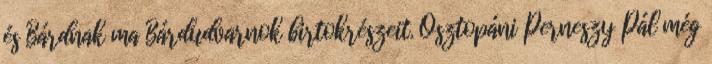
és Bárdnak ma Bárdudvarnok birtokrészeit. Osztopáni Perneszy Pál még